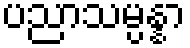
ပညာသမ္ပန္နာ